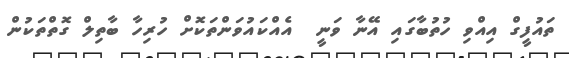
ތައުފީގް އިއްވި ހުތުބާގައި އޭނާ ވަނީ  އެއްކައުވަންތަކޮށް ހުރިހާ ބާތިލް ގޮތްތަކުން